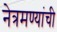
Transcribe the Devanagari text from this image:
नेत्रमण्यांची